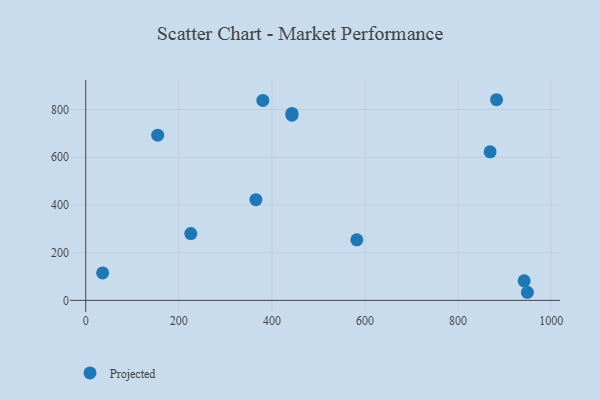
{"axis": {"x": "Study Hours", "y": "Yield"}, "legend": ["Projected"], "data": [{"x": "443.0", "y": 776.2, "type": "Projected"}, {"x": "948.8", "y": 33.9, "type": "Projected"}, {"x": "225.7", "y": 280.1, "type": "Projected"}, {"x": "582.3", "y": 253.6, "type": "Projected"}, {"x": "154.6", "y": 692.3, "type": "Projected"}, {"x": "941.9", "y": 81.8, "type": "Projected"}, {"x": "36.3", "y": 115.1, "type": "Projected"}, {"x": "443.0", "y": 783.3, "type": "Projected"}, {"x": "868.7", "y": 622.6, "type": "Projected"}, {"x": "882.6", "y": 840.9, "type": "Projected"}, {"x": "365.6", "y": 421.8, "type": "Projected"}, {"x": "380.5", "y": 838.1, "type": "Projected"}]}